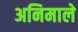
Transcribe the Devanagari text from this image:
अनिमाले